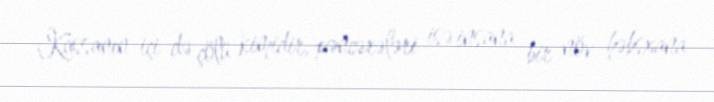
Kassanın içi də çölü kimidir, pəncərələri isə insana bir növ həbsxana